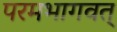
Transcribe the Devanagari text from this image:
परमभागवत्